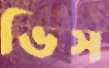
ভিস